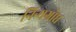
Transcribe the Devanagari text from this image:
निन्यग्रोध